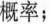
概率；